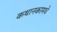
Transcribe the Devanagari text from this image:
कथानकामधे